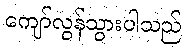
ကျော်လွန်သွားပါသည်